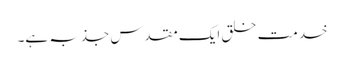
خدمت خلق ایک مقدس جذبہ ہے۔